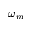
\omega _ { m }